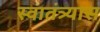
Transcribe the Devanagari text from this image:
स्वातंत्र्यास